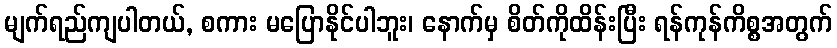
မျက်ရည်ကျပါတယ်, စကား မပြောနိုင်ပါဘူး၊ နောက်မှ စိတ်ကိုထိန်းပြီး ရန်ကုန်ကိစ္စအတွက်